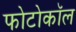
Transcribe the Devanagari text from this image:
फोटोकॉल